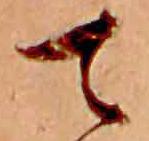
て